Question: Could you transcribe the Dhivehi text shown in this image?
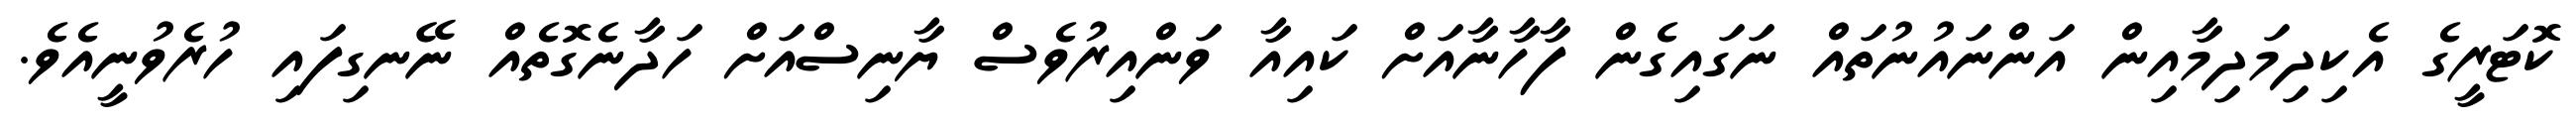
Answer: ކޮޓަރީގެ އެކިދިމަދިމާއިން އަންނައުނުތައް ނަގައިގެން ފާހާނާއަށް ކައިއާ ވަންއިރުވެސް ޔާނިސްއަށް ހަދާނެގޮތެއް ނޭނގިފައި ހުރެވުނީއެވެ.